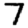
Digit: 7